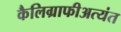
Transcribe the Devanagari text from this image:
कैलिग्राफीअत्यंत